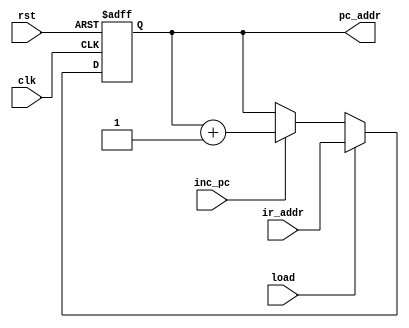
 module pc_counter(
              clk,
              rst,
              inc_pc,
             load,
             ir_addr,
             pc_addr
          );

     input clk,rst,load,inc_pc;
     input [12:0] ir_addr;
     output [12:0] pc_addr;

     reg [12:0] pc_addr;

    always@(posedge clk or negedge rst)
    begin
    if(!rst)
      pc_addr<=13'b0000000000000;
    else
     if(load)
       pc_addr<=ir_addr;
    else
      if(inc_pc)
        pc_addr<=pc_addr+1;
   end

   endmodule